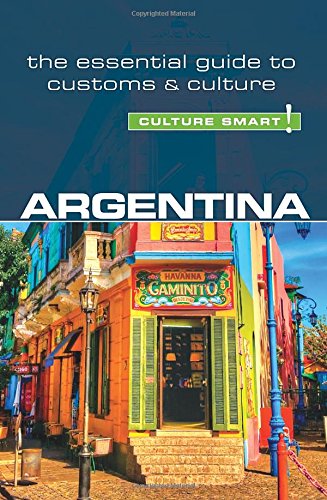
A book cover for Argentina - Culture Smart!: The Essential Guide to Customs & Culture; Robert Hamwee; Travel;